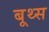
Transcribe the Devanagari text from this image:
बूथ्स